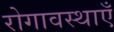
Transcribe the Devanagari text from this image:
रोगावस्थाएँ